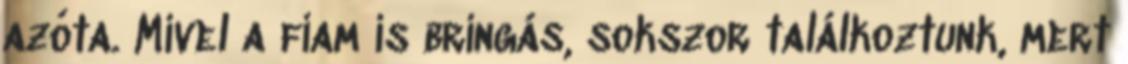
azóta. Mivel a fiam is bringás, sokszor találkoztunk, mert